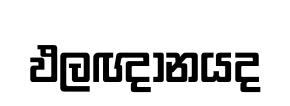
ඵලඥානයද